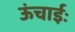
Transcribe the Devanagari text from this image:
ऊंचाईः